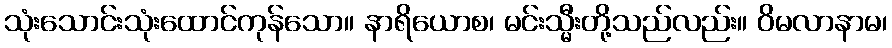
သုံးသောင်းသုံးထောင်ကုန်သော။ နာရိယောစ၊ မင်းသ္မီးတို့သည်လည်း။ ဝိမလာနာမ၊